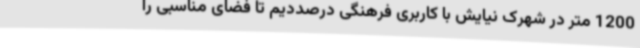
1200 متر در شهرک نیایش با کاربری فرهنگی درصددیم تا فضای مناسبی را